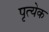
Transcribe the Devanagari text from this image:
पृत्येक